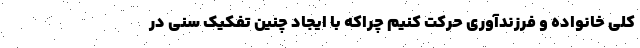
کلی خانواده و فرزندآوری حرکت کنیم چراکه با ایجاد چنین تفکیک سنی در